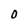
Character: 0